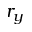
r _ { y }